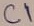
Text: C1